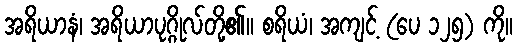
အရိယာနံ၊ အရိယာပုဂ္ဂိုလ်တို့၏။ စရိယံ၊ အကျင့် (ပေ ၁၂၅) ကို။